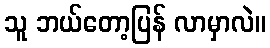
သူ ဘယ်တော့ပြန် လာမှာလဲ။